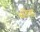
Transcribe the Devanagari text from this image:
भ्रंतियां